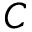
C